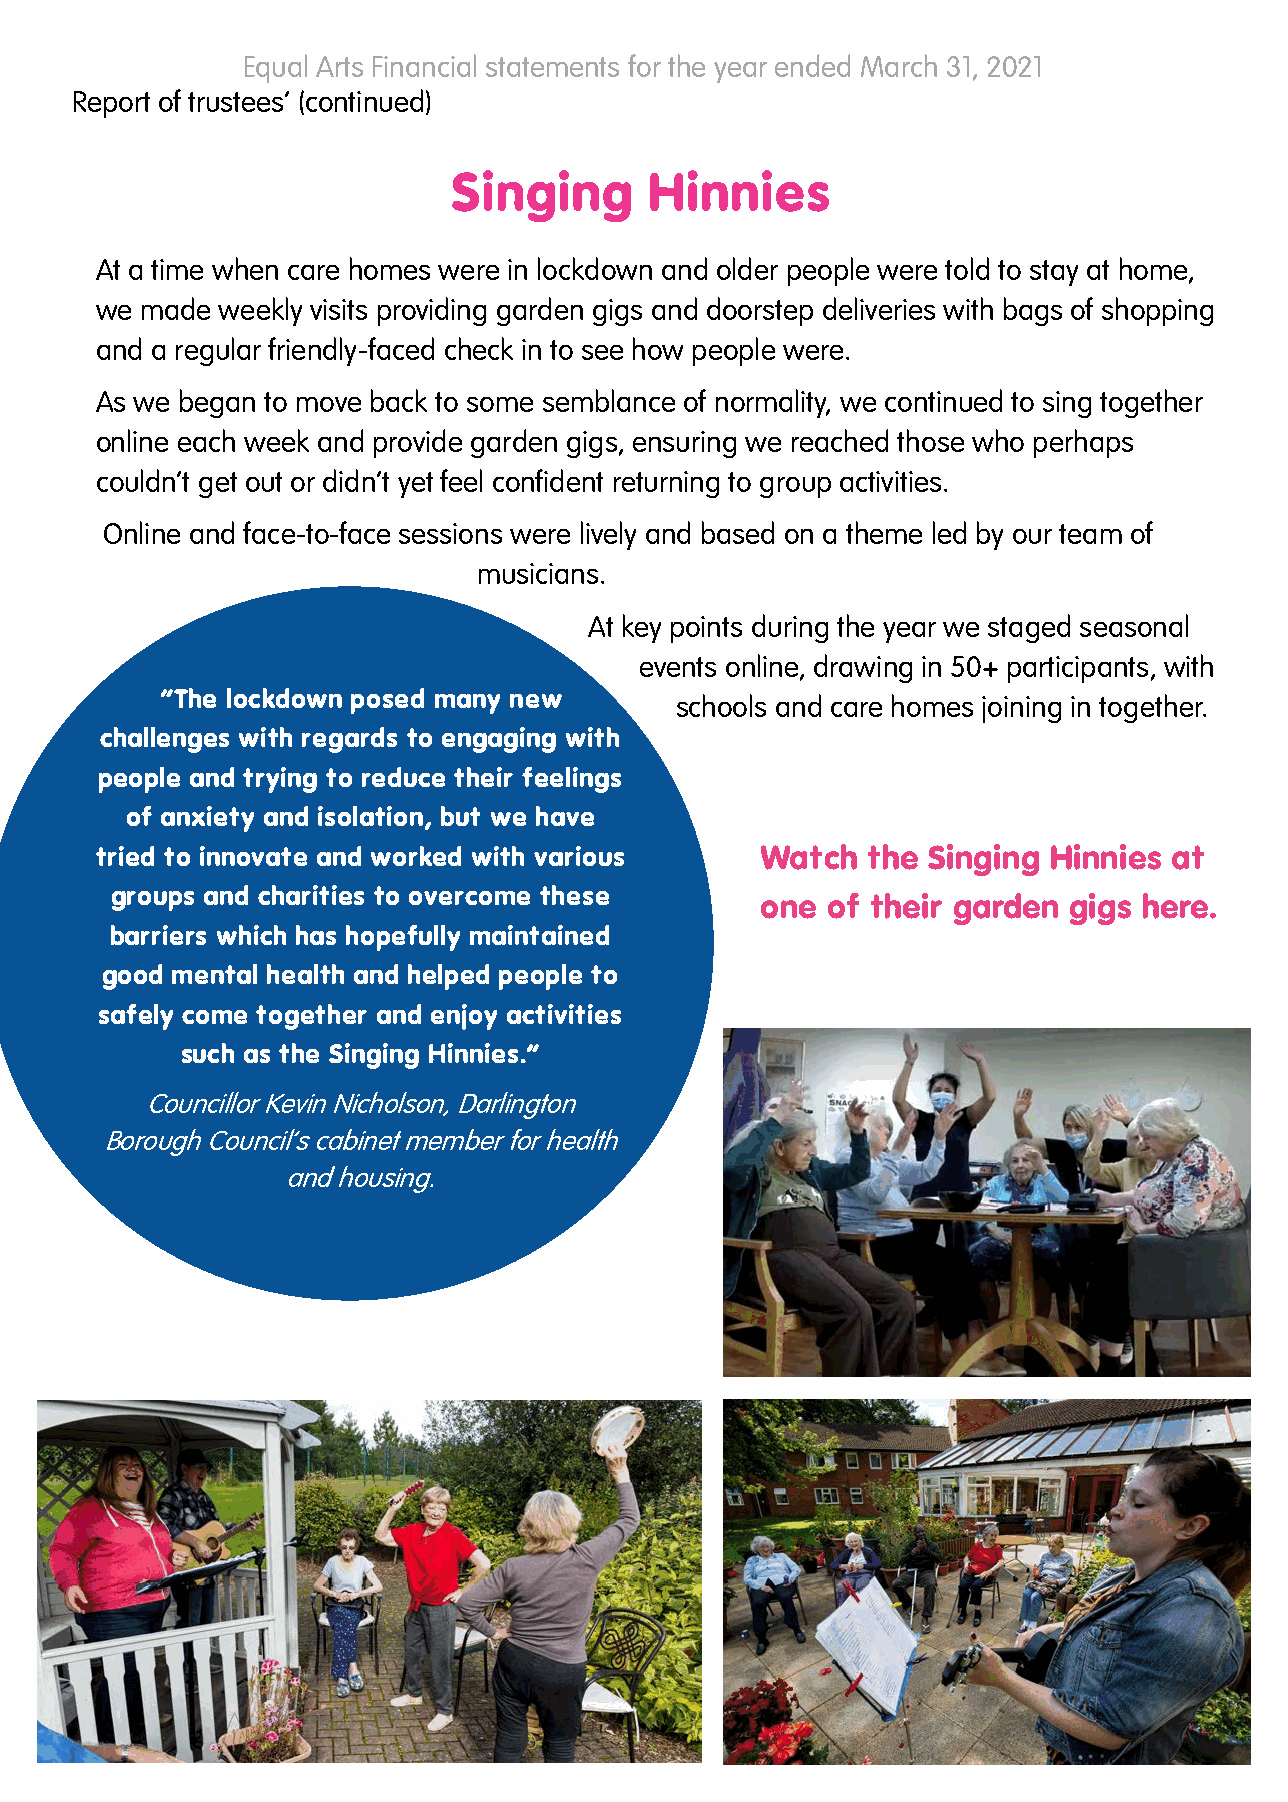
Equal Arts Financial statements for the year ended March 31, 2021
 Report of trustees’ (continued)
 Singing      Hinnies
 At a time when care homes were in lockdown and older people were told to stay at home,
 we made weekly visits providing garden gigs and doorstep deliveries with bags of shopping
 and a regular friendly-faced check in to see how people were.
 As we began to move back to some semblance of normality, we continued to sing together
 online each week and provide garden gigs, ensuring we reached those who perhaps
 couldn’t get out or didn’t yet feel confident returning to group activities.
 Online and face-to-face sessions were lively and based on a theme led by our team of
 musicians.
 At key points during the year we staged seasonal
 events online, drawing in 50+ participants, with
 “The lockdown posed many new
 schools and care homes joining in together.
 challenges with regards to engaging with
 people and trying to reduce their feelings
 of anxiety and isolation, but we have
 tried to innovate and worked with various   Watch  the Singing Hinnies  at
 groups and charities to overcome these
 one  of their garden gigs here.
 barriers which has hopefully maintained
 good mental health and helped people to
 safely come together and enjoy activities
 such as the Singing Hinnies.”
 Councillor Kevin Nicholson, Darlington
 Borough Council’s cabinet member for health
 and housing.
 6